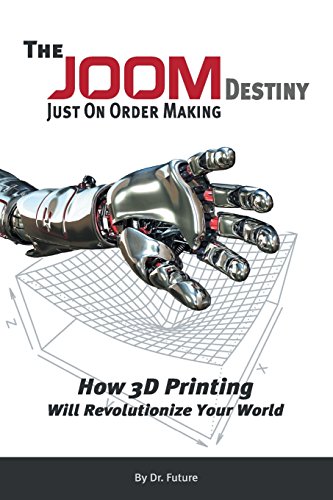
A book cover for The Joom Destiny - Just on Order Making - How 3D Printing Will Revolutionize Your World; Dr Future; Computers & Technology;